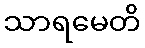
သာရမေတိ